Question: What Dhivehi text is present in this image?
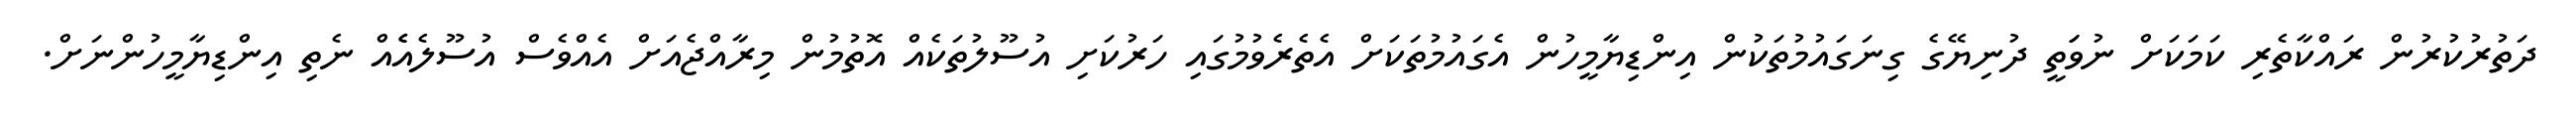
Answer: ދަތުރުކުރުން ރައްކާތެރި ކަމަކަށް ނުވަަތީ ދުނިޔޭގެ ގިނަގައުމުތަކުން އިންޑިޔާމީހުން އެގައުމުތަކަށް އެތެރެވުމުގައި ހަރުކަށި އުސޫލުތަކެއް އޮތުމުން މިރާއްޖެއަށް އެއްވެސް އުސޫލެއެެއް ނެތި އިންޑިޔާމީހުންނަށް.